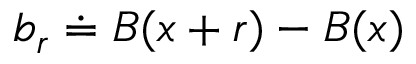
b _ { r } \doteq B ( x + r ) - B ( x )